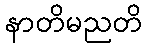
နာတိမညတိ